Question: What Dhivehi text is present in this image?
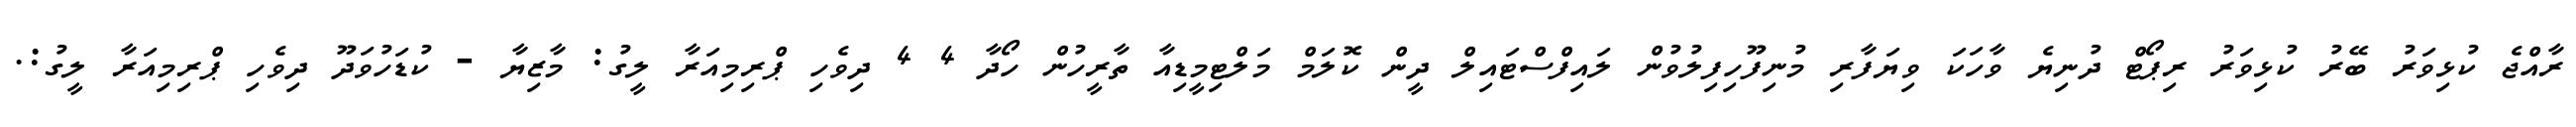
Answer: ރާއްޖެ ކުޅިވަރު ބޭރު ކުޅިވަރު ރިޕޯޓް ދުނިޔެ ވާހަކަ ވިޔަފާރި މުނިފޫހިފިލުވުން ލައިފްސްޓައިލް ދީން ކޮލަމް މަލްޓިމީޑިއާ ތާރީހުން ހޯދާ 4 4 ދިވެހި ޕްރިމިއަރާ ލީގު: މާޒިޔާ - ކުޑަހުވަދޫ ދިވެހި ޕްރިމިއަރާ ލީގު:.